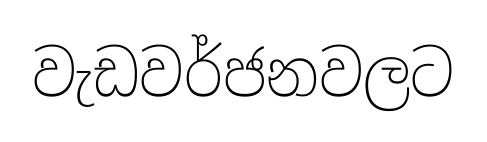
වැඩවර්ජනවලට